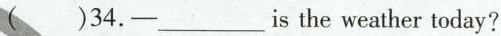
)34.-___ is the weather today?